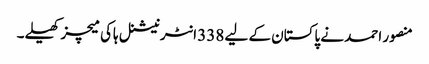
منصور احمد نے پاکستان کے لیے 338 انٹرنیشنل ہاکی میچز کھیلے۔